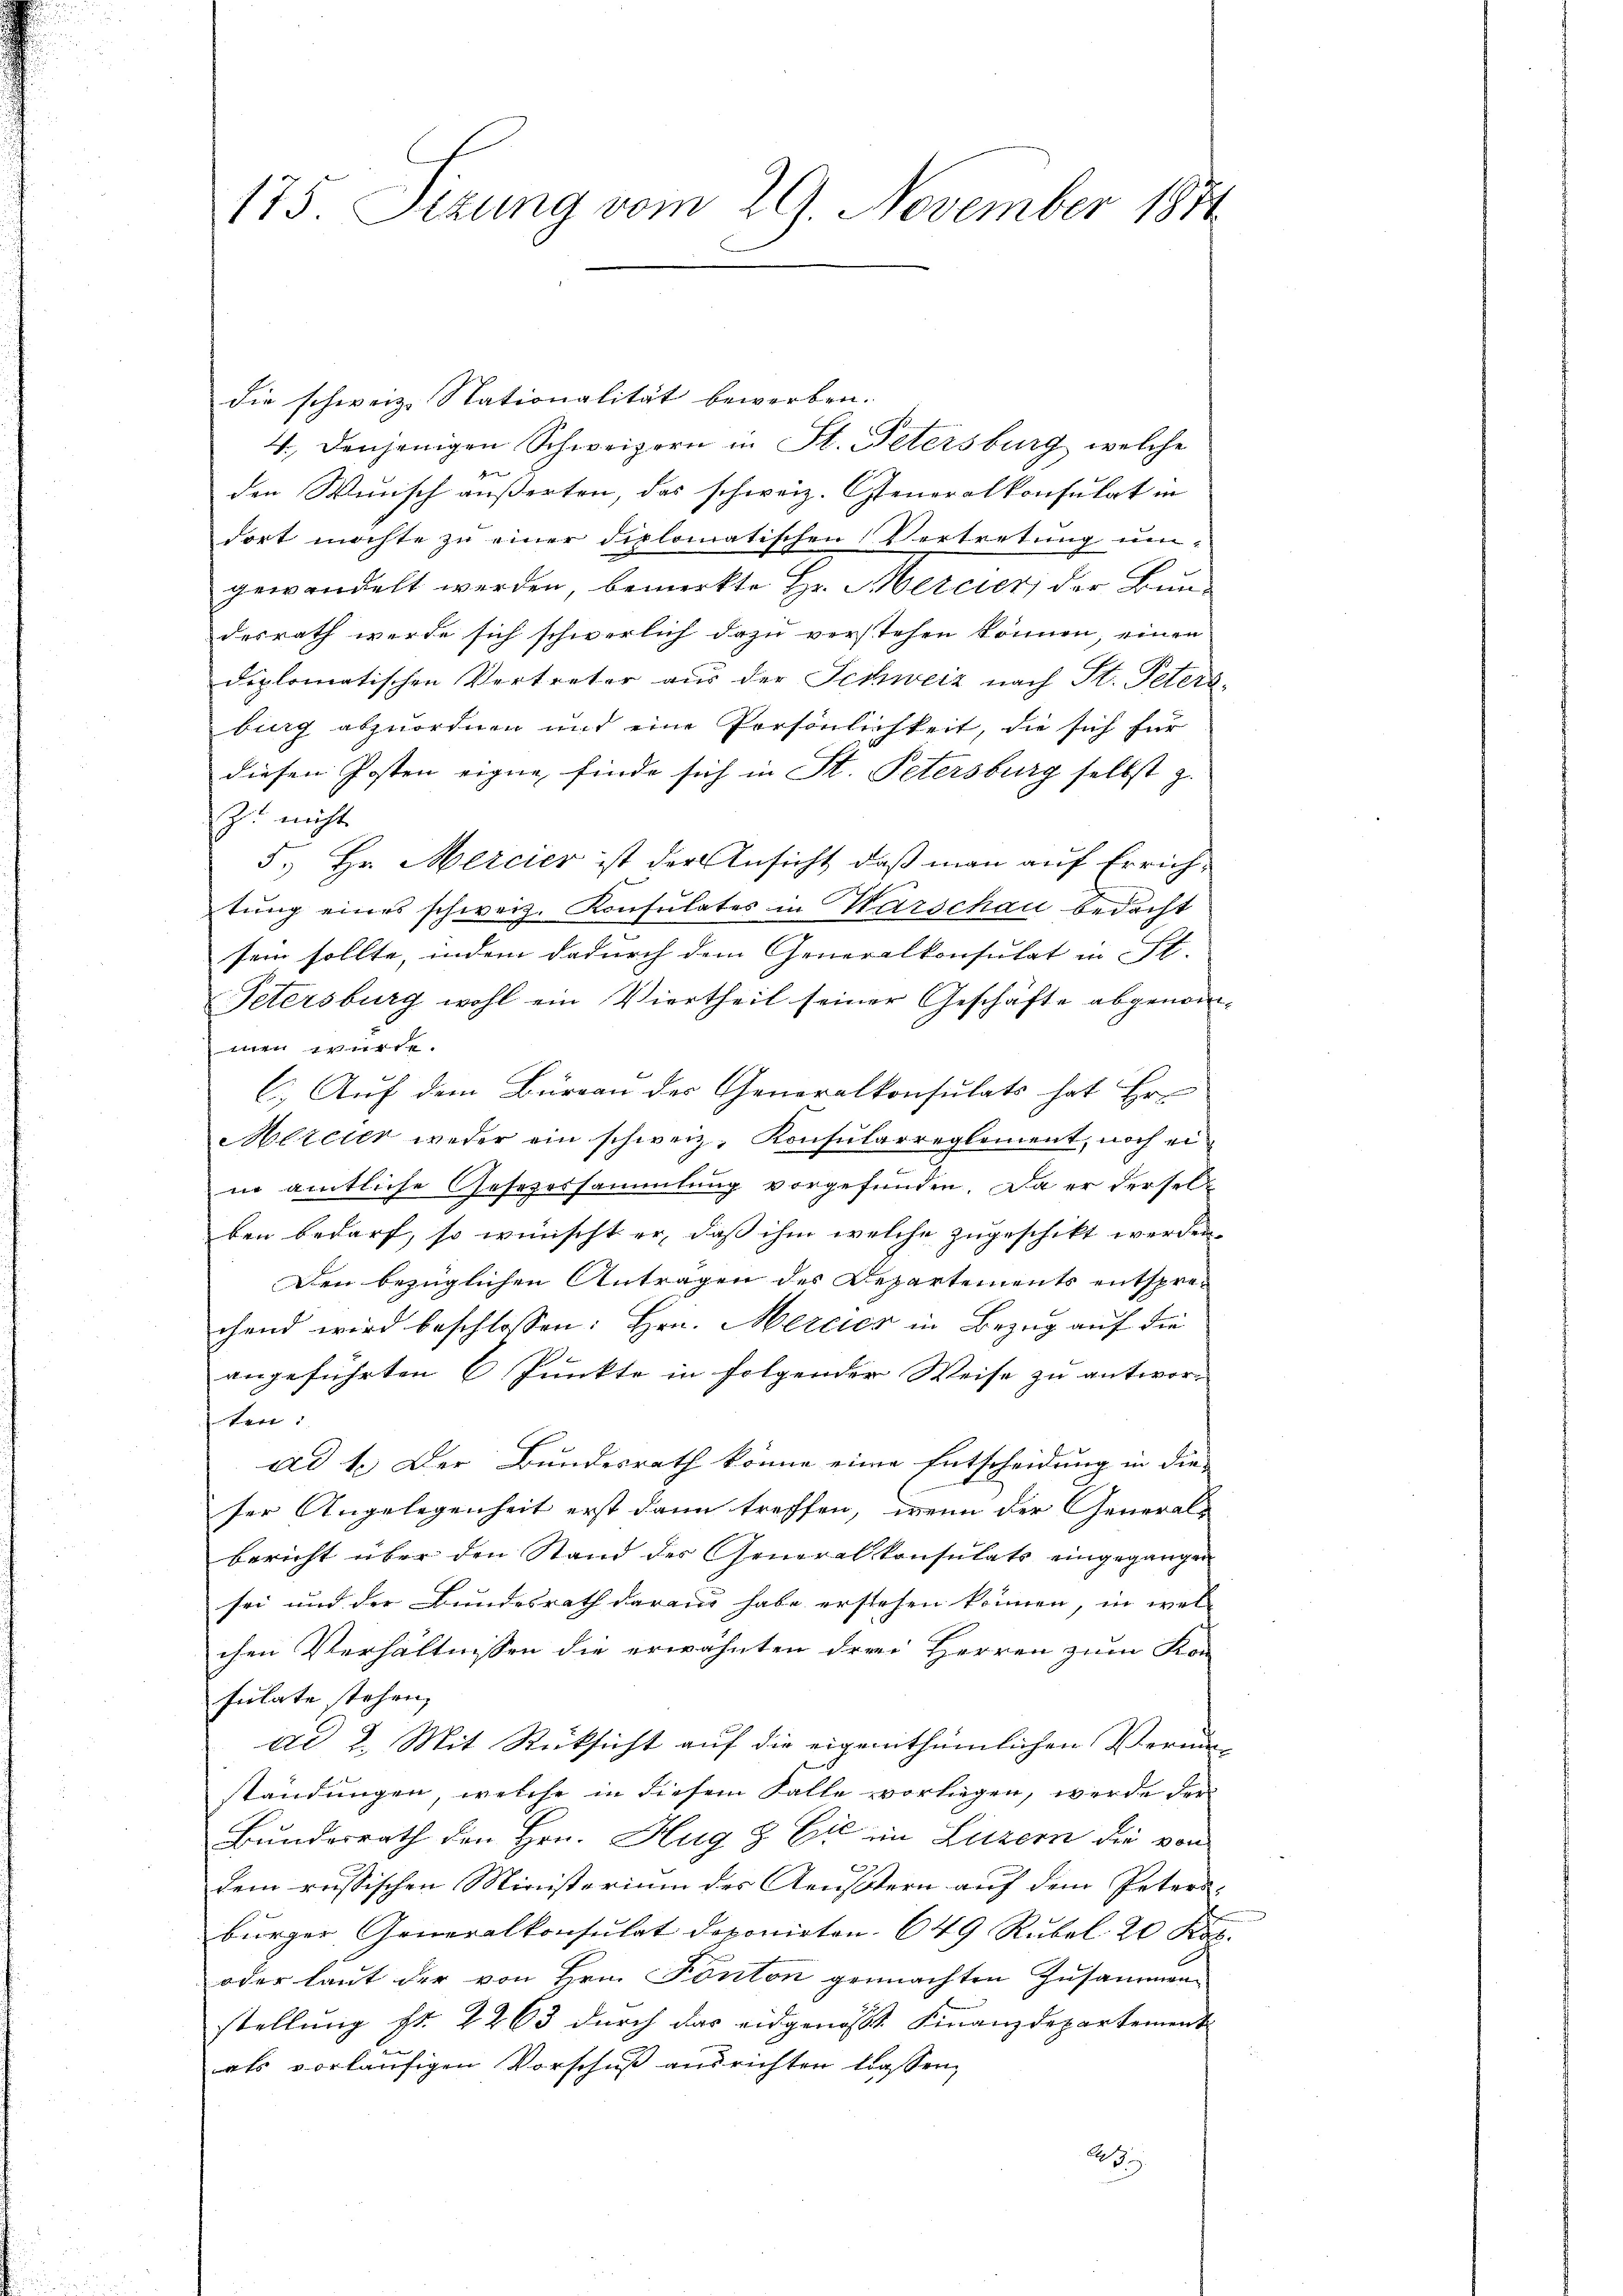
175. Sizung vom 29. November 1881

die schweiz. Stationalität bewerben.
4., denjenigen Schweizern in St. Petersburg, welche
den Wunsch äußerten, das schweiz. Generalkonsulat in
dort möchte zu einer diplomatischen Vertretung um
gewandelt werden, bemerkte Hr. Mercier, der Bundesrath werde sich schwerlich dazu verstehen können, einen
diplomatischen Vertreter aus der Schweiz nach St. Peters-
burg abzuordnen mit eine Persönlichkeit, die sich für
diesen Posten eigne finde sich in St. Petersburg selbst z.
Z. nicht
5.) Hr. Mercier ist der Ansicht, daß man auf Errichtung eines schweiz. Konsulates in Marschau bedacht
sein sollte, indem dadurch dem Generalkonsulat in St.
Petersburg wohl ein Viertheil seiner Geschäfte abgenom-

C.) Auf dem Büreau der Generalkonsulats hat Er¬
Mercier weder ein schweiz. Konsularreglement, noch eiin amtliche Gesezessammlung vorgefunden. Da er derselben bedarf, so wünscht er, daß ihm welche zugeschikt werden.
Den bezüglichen Antragen des Departements entsprechend wird beschlossen: Hrn. Mercier in Bezug auf die
angeführten 6 Punkte in folgender Weise zu antwor-
ter:
ad 1. Der Bundesrath könne eine Entscheidung in die
ser Angelegenheit erst dann treffen, wenn der General-
bericht über den Stand der Generalkonsulats eingegangen
sei und der Bundesrath daraus habe erstehen können, in wel-
chen Verhältnissen die erwähnten drei Herren zum Kon
fulate stehen,
de 2. Mit Rücksicht auf die eigenthümlichen Vermiständungen, welche in diesem Falle vorliegen, werde der
Bunderrath den Hrn. Hug & Eil im Luzern die von
dem russischen Ministerium des Aeustern auf dem Peters-
bürger Generalkonsulat deponirten. 649 Rubel 20 Fr.
oder laut der von Hrn. Fonton gemachten Zusammen-
stellung fr. 2263 durch das eidgenösst. Finanzdepartement
als vorläufigen Vorschuß ausrichten Classen,
2